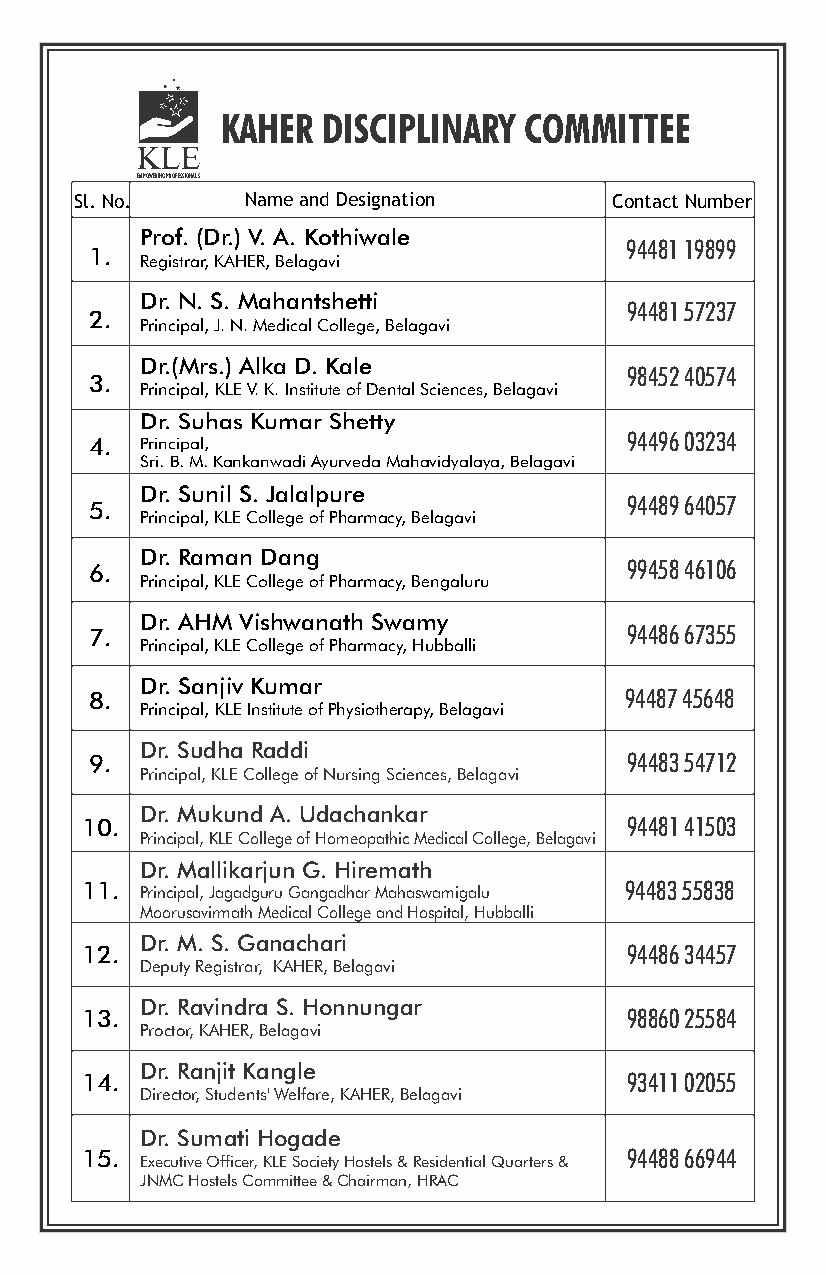
KAHER DISCIPLINARY  COMMITTEE
 EMPOWERING PROFESSIONALS
 Sl. No.    Name and Designation    Contact Number
 Prof. (Dr.) V. A. Kothiwale
 94481 19899
 1.
 Registrar, KAHER, Belagavi
 Dr. N. S. Mahantshetti
 94481 57237
 2.
 Principal, J. N. Medical College, Belagavi
 Dr.(Mrs.) Alka D. Kale
 98452 40574
 3.
 Principal, KLE V. K. Institute of Dental Sciences, Belagavi
 Dr. Suhas Kumar Shetty
 4. Principal,                      94496 03234
 Sri. B. M. Kankanwadi Ayurveda Mahavidyalaya, Belagavi
 Dr. Sunil S. Jalalpure
 5.                                 94489 64057
 Principal, KLE College of Pharmacy, Belagavi
 Dr. Raman Dang
 6.                                 99458 46106
 Principal, KLE College of Pharmacy, Bengaluru
 Dr. AHM Vishwanath Swamy
 7.                                 94486 67355
 Principal, KLE College of Pharmacy, Hubballi
 Dr. Sanjiv Kumar
 8.                                 94487 45648
 Principal, KLE Institute of Physiotherapy, Belagavi
 Dr. Sudha Raddi
 9.                                 94483 54712
 Principal, KLE College of Nursing Sciences, Belagavi
 Dr. Mukund A. Udachankar
 10.                                 94481 41503
 Principal, KLE College of Homeopathic Medical College, Belagavi
 Dr. Mallikarjun G. Hiremath
 11. Principal, Jagadguru Gangadhar Mahaswamigalu 94483 55838
 Moorusavirmath Medical College and Hospital, Hubballi
 Dr. M. S. Ganachari
 12.                                 94486 34457
 Deputy Registrar, KAHER, Belagavi
 Dr. Ravindra S. Honnungar
 13.                                 98860 25584
 Proctor, KAHER, Belagavi
 Dr. Ranjit Kangle
 14.                                 93411 02055
 Director, Students' Welfare, KAHER, Belagavi
 Dr. Sumati Hogade
 15. Executive Officer, KLE Society Hostels & Residential Quarters & 94488 66944
 JNMC Hostels Committee & Chairman, HRAC